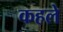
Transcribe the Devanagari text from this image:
कहले